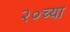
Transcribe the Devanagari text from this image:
२०च्या